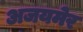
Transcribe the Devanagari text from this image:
अजयमेर